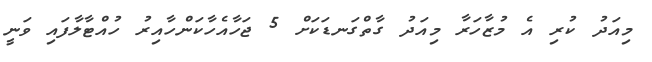
މިއަދު ކުރި އެ މުޒާހަރާ މިއަދު ގާތްގަނޑަކަށް 5 ޖަހާއެހާކަންހާއިރު ހުއްޓާލާފައި ވަނީ